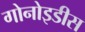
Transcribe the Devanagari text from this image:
गोनोइडीस